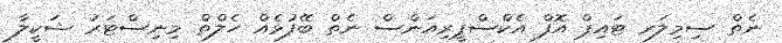
ނެތް ސިމިލަރ ޓައިޕް އޮފް އެކްސްޕީރިއަންސް ނެތް ބޭފުޅެއް ހެލްތް މިނިސްޓަރު ޝަކީލާ